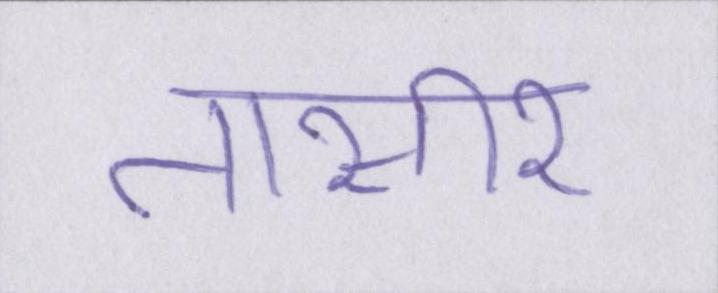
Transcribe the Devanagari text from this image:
तासीर